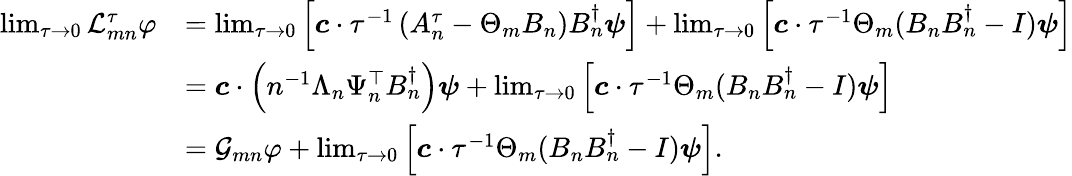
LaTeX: \begin{array}{rl}{\operatorname*{lim}_{\tau\to 0}\mathcal{L}_{mn}^{\tau}\varphi}&{=\operatorname*{lim}_{\tau\to 0}\left[\boldsymbol{c}\cdot\tau^{-1}\left(A_{n}^{\tau}-\Theta_{m}B_{n}\right)B_{n}^{\dagger}\boldsymbol{\psi}\right]+\operatorname*{lim}_{\tau\to 0}\left[\boldsymbol{c}\cdot\tau^{-1}\Theta_{m}(B_{n}B_{n}^{\dagger}-I)\boldsymbol{\psi}\right]}\\ &{=\boldsymbol{c}\cdot\left(n^{-1}\Lambda_{n}\Psi_{n}^{\top}B_{n}^{\dagger}\right)\boldsymbol{\psi}+\operatorname*{lim}_{\tau\to 0}\left[\boldsymbol{c}\cdot\tau^{-1}\Theta_{m}(B_{n}B_{n}^{\dagger}-I)\boldsymbol{\psi}\right]}\\ &{=\mathcal{G}_{mn}\varphi+\operatorname*{lim}_{\tau\to 0}\left[\boldsymbol{c}\cdot\tau^{-1}\Theta_{m}(B_{n}B_{n}^{\dagger}-I)\boldsymbol{\psi}\right].}\end{array}